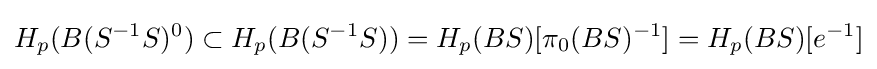
H_{p}(B(S^{-1}S)^{0})\subset H_{p}(B(S^{-1}S))=H_{p}(BS)[\pi _{0}(BS)^{-1}]=H_{p}(BS)[e^{-1}]